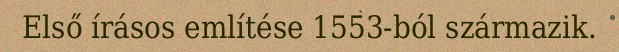
Első írásos említése 1553-ból származik.